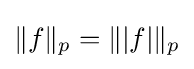
\|f\|_{p}=\||f|\|_{p}